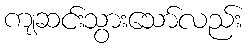
ကျဆင်းသွားသော်လည်း